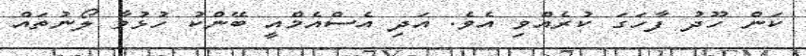
ކަން ހޫދު ފާހަގަ ކުރެއްވި އެވެ. އަދި އެސްއެމްއީ ބޭންކު ހުޅުވާ ލޯނުތައް